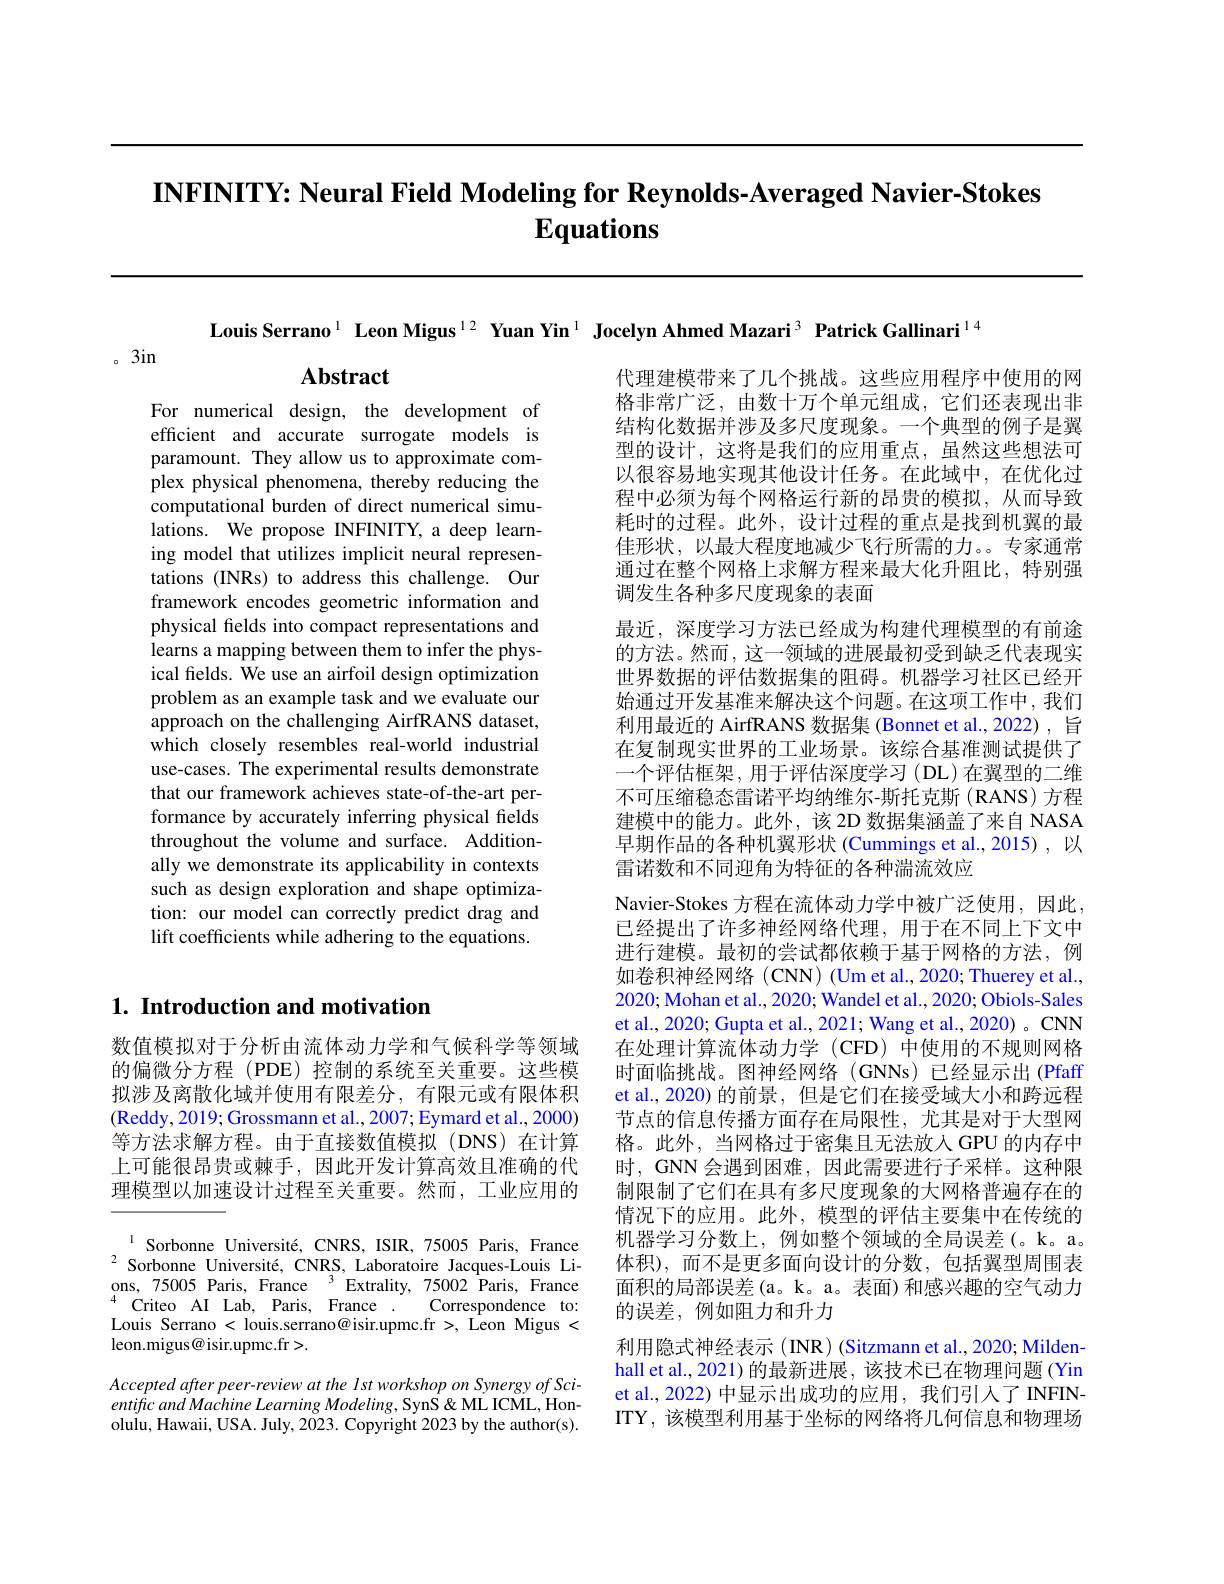
# INFINITY: Neural Field Modeling for Reynolds-Averaged Navier-Stokes $\mathbf{Equations}$

Louis Serrano$^{1}$ Leon Migus$^{12}$ Yuan Yin$^{1}$ Jocelyn Ahmed Mazari$^{3}$ Patrick Gallinari$^{14}$

。3in

$\mathbf{Abstract}$

For numerical design, the development of efficient and accurate surrogate models is paramount. They allow us to approximate complex physical phenomena, thereby reducing the computational burden of direct numerical simulations. We propose INFINITY, a deep learning model that utilizes implicit neural representations (INRs) to address this challenge. Our framework encodes geometric information and physical felds into compact representations and learns a mapping between them to infer the physical felds. We use an airfoil design optimization problem as an example task and we evaluate our approach on the challenging AirfRANS dataset, which closely resembles real-world industrial use-cases. The experimental results demonstrate that our framework achieves state-of-the-art performance by accurately inferring physical fields throughout the volume and surface. Additionally we demonstrate its applicability in contexts such as design exploration and shape optimization: our model can correctly predict drag and lift coefficients while adhering to the equations.

代理建模带来了几个挑战。这些应用程序中使用的网格非常广泛，由数十万个单元组成，它们还表现出非结构化数据并涉及多尺度现象。一个典型的例子是翼型的设计，这将是我们的应用重点，虽然这些想法可以很容易地实现其他设计任务。在此域中，在优化过程中必须为每个网格运行新的昂贵的模拟，从而导致耗时的过程。此外，设计过程的重点是找到机翼的最佳形状，以最大程度地减少飞行所需的力。。专家通常通过在整个网格上求解方程来最大化升阻比，特别强调发生各种多尺度现象的表面
最近，深度学习方法已经成为构建代理模型的有前途的方法。然而，这一领域的进展最初受到缺乏代表现实世界数据的评估数据集的阻碍。机器学习社区已经开始通过开发基准来解决这个问题。在这项工作中，我们利用最近的 AirfRANS 数据集 (Bonnet et al.,2022) ,旨在复制现实世界的工业场景。该综合基准测试提供了一个评估框架，用于评估深度学习(DL)在翼型的二维不可压缩稳态雷诺平均纳维尔-斯托克斯(RANS)方程建模中的能力。此外，该 2D 数据集涵盖了来自 NASA 早期作品的各种机翼形状(Cummings et al.,2015),以雷诺数和不同迎角为特征的各种湍流效应
Navier-Stokes 方程在流体动力学中被广泛使用，因此已经提出了许多神经网络代理，用于在不同上下文中进行建模。最初的尝试都依赖于基于网格的方法，例如卷积神经网络 (CNN) (Um et al., 2020; Thuerey et al., 2020; Mohan et al., 2020; Wandel et al., 2020; Obiols-Sales et al., 2020; Gupta et al., 2021; Wang et al., 2020) 。CNN 在处理计算流体动力学 (CFD) 中使用的不规则网格时面临挑战。图神经网络(GNNs)已经显示出(Pfaff et al., 2020) 的前景，但是它们在接受域大小和跨远程节点的信息传播方面存在局限性，尤其是对于大型网格。此外，当网格过于密集且无法放入 GPU 的内存中时，GNN会遇到困难，因此需要进行子采样。这种限制限制了它们在具有多尺度现象的大网格普遍存在的情况下的应用。此外，模型的评估主要集中在传统的机器学习分数上，例如整个领域的全局误差(。k。a。体积),而不是更多面向设计的分数，包括翼型周围表面积的局部误差(a。k。a。表面)和感兴趣的空气动力的误差，例如阻力和升力
利用隐式神经表示 (INR) (Sitzmann et al., 2020; Mildenhall et al., 2021) 的最新进展，该技术已在物理问题 (Yin et al., 2022) 中显示出成功的应用，我们引入了 INFINITY,该模型利用基于坐标的网络将几何信息和物理场

## $1. \textbf{ Introduction and motivation}$

数值模拟对于分析由流体动力学和气候科学等领域的偏微分方程 (PDE)控制的系统至关重要。这些模拟涉及离散化域并使用有限差分，有限元或有限体积(Reddy, 2019; Grossmann et al., 2007; Eymard et al., 2000) 等方法求解方程。由于直接数值模拟(DNS)在计算上可能很昂贵或棘手，因此开发计算高效且准确的代理模型以加速设计过程至关重要。然而，工业应用的

Sorbonne Université, CNRS, ISIR, 75005 Paris, France $^{2}$Sorbonne Université, CNRS, Laboratoire Jacques-Louis Lions, 75005 Paris, France $^3$Extrality, 75002 Paris, France $^{4}{\mathrm{Criteo}}{\mathrm{AI}}{\mathrm{Lab},\mathrm{Paris},\mathrm{France}}.$
Correspondence to:
Louis Serrano < louis.serrano@isir.upmc.fr >, Leon Migus <
leon.migus@isir.upmc.fr>.

Accepted after peer-review at the Ist workshop on Synergy of Scientific and Machine Learning Modeling, SynS & ML ICML, Honolulu, Hawaii, USA. July, 2023. Copyright 2023 by the author(s).